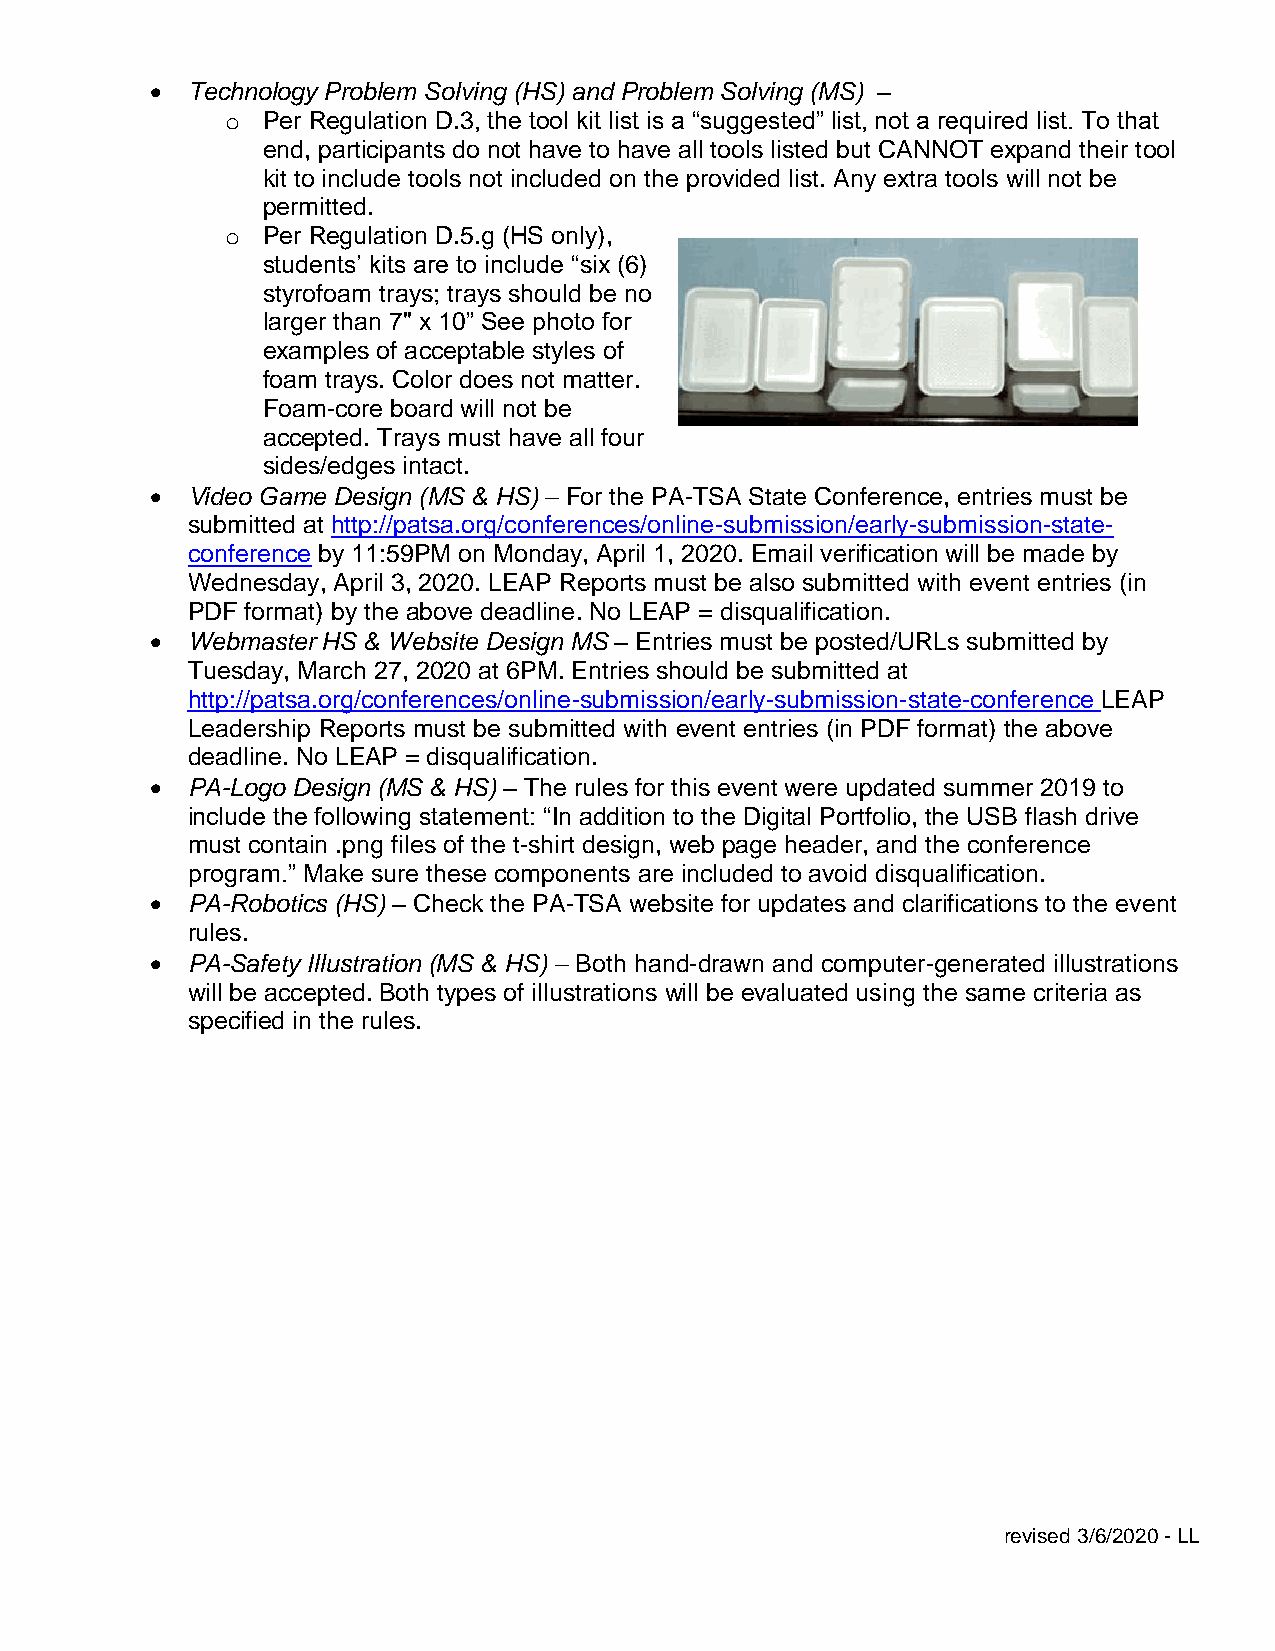
• Technology Problem Solving (HS) and Problem Solving (MS) –
 o Per Regulation D.3, the tool kit list is a “suggested” list, not a required list. To that
 end, participants do not have to have all tools listed but CANNOT expand their tool
 kit to include tools not included on the provided list. Any extra tools will not be
 permitted.
 o Per Regulation D.5.g (HS only),
 students’ kits are to include “six (6)
 styrofoam trays; trays should be no
 larger than 7" x 10” See photo for
 examples of acceptable styles of
 foam trays. Color does not matter.
 Foam-core board will not be
 accepted. Trays must have all four
 sides/edges intact.
 • Video Game Design (MS & HS) – For the PA-TSA State Conference, entries must be
 submitted at http://patsa.org/conferences/online-submission/early-submission-state-
 conference by 11:59PM on Monday, April 1, 2020. Email verification will be made by
 Wednesday, April 3, 2020. LEAP Reports must be also submitted with event entries (in
 PDF format) by the above deadline. No LEAP = disqualification.
 • Webmaster HS & Website Design MS – Entries must be posted/URLs submitted by
 Tuesday, March 27, 2020 at 6PM. Entries should be submitted at
 http://patsa.org/conferences/online-submission/early-submission-state-conference LEAP
 Leadership Reports must be submitted with event entries (in PDF format) the above
 deadline. No LEAP = disqualification.
 • PA-Logo Design (MS & HS) – The rules for this event were updated summer 2019 to
 include the following statement: “In addition to the Digital Portfolio, the USB flash drive
 must contain .png files of the t-shirt design, web page header, and the conference
 program.” Make sure these components are included to avoid disqualification.
 • PA-Robotics (HS) – Check the PA-TSA website for updates and clarifications to the event
 rules.
 • PA-Safety Illustration (MS & HS) – Both hand-drawn and computer-generated illustrations
 will be accepted. Both types of illustrations will be evaluated using the same criteria as
 specified in the rules.
 revised 3/6/2020 - LL